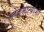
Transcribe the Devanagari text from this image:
लोकमान्यांशी